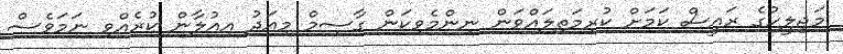
މަޖިލީހުގެ ރައީސް ކަމަށް ކުރިމަތިލައްވަން ނިންމެވިކަން ގާސިމް މިއަދު އިއުލާން ކުރެއްވި ނަމަވެސް